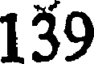
139